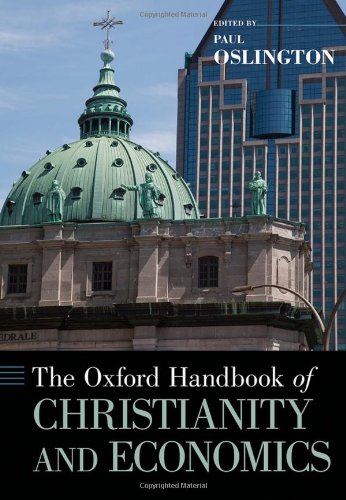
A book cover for The Oxford Handbook of Christianity and Economics (Oxford Handbooks); Politics & Social Sciences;